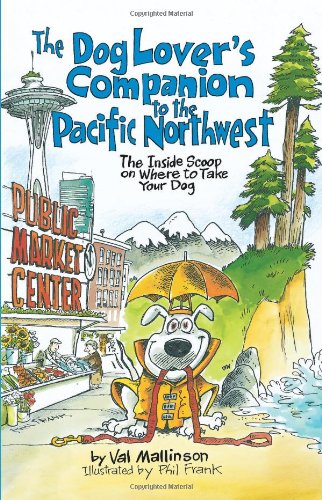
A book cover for The Dog Lover's Companion to the Pacific Northwest: The Inside Scoop on Where to Take Your Dog (Dog Lover's Companion Guides); Val Mallinson; Travel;